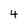
Character: 4